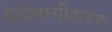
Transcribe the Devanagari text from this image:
निवैषम्यीकरण